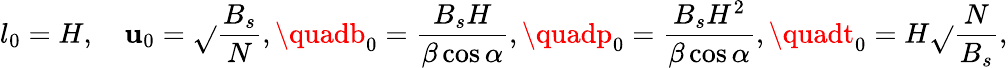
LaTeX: l_{0}=H,\quad\mathbf{u}_{0}=\sqrt{}{{\frac{{B_{s}}}{{N}}}},\quadb_{0}=\frac{{B_{s}H}}{{\beta\cos\alpha}},\quadp_{0}=\frac{{B_{s}H^{2}}}{{\beta\cos\alpha}},\quadt_{0}=H\sqrt{}{{\frac{{N}}{{B_{s}}}}},